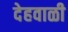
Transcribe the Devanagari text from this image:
देहवाळी